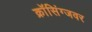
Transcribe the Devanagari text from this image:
क्राॅसिंग्जवर